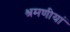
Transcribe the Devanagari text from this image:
श्रमणीयां